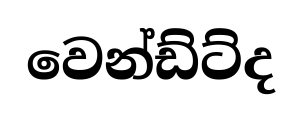
වෙන්ඩ්ට්ද